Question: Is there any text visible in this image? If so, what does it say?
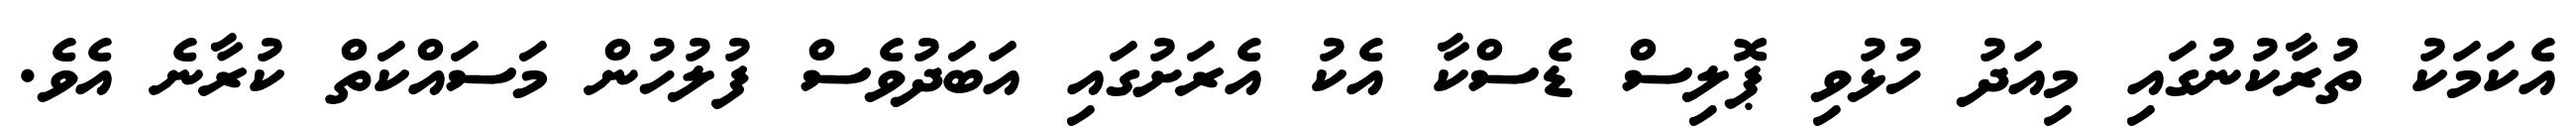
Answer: އެކަމަކު ތުރާކުނުގައި މިއަދު ހުޅުވި ޕޮލިސް ޑެސްކާ އެކު އެރަށުގައި އަބަދުވެސް ފުލުހުން މަސައްކަތް ކުރާނެ އެވެ.